Vaccination United Provinces of Agra and Oudh 1902-1913 - 1902-1913
Year: 1902
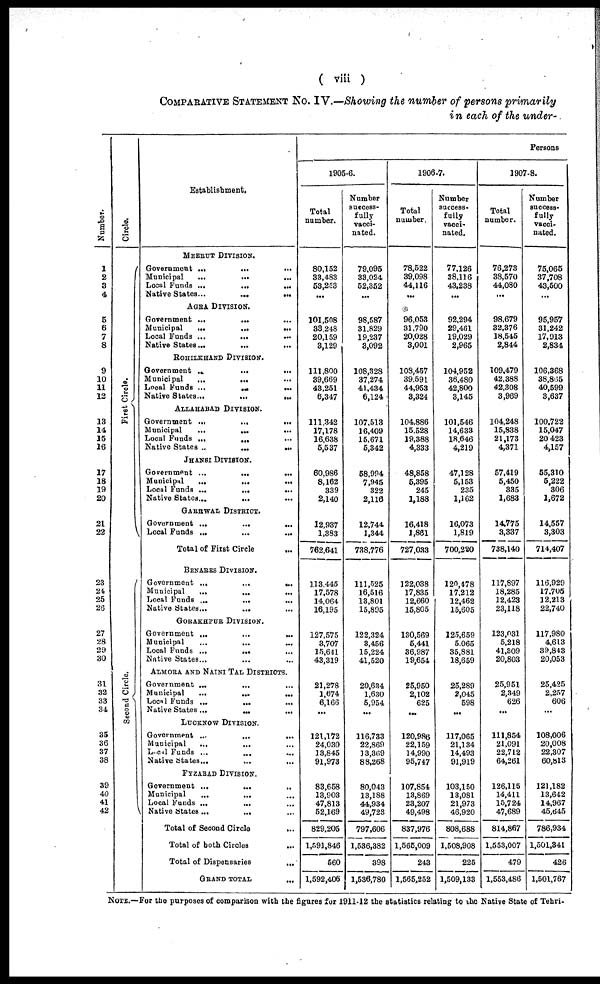
( viii )
COMPARATIVE STATEMENT No. IV.—Showing the number of persons primarily
in each of the under-
Number.
1
2
3
4
5
6
7
8
9
10
11
12
13
14
15
16
17
18
19
20
21
22
23
24
25
26
27
28
29
30
31
32
33
34
35
36
37
38
39
40
41
42
Circle.
First Circle.
Second Circle.
Establishment.
MEERUT DIVISION.
Government ...
...
...
Municipal
...
...
...
Local Funds ...
...
...
Native States ...
...
...
AGRA DIVISION.
Government ...
... ...
Municipal
...
...
...
Local Funds ...
... ...
Native States ...
...
...
ROHILKHAND DIVISION.
Government ...
...
...
Municipal
...
...
...
Local Funds ...
...
...
Native States ...
...
...
ALLAHABAD DIVISION.
Government ...
...
...
Municipal
...
...
...
Local Funds ...
... ...
Native State ... ... ...
JHANSI DIVISION.
Government ...
...
...
Municipal
...
...
...
Local Funds ...
...
...
Native States ...
... ...
GARHWAL DISTRICT.
Government ...
...
...
Local Funds ...
...
...
Total of First Circle ...
BENARES DIVISION.
Government ...
...
...
Municipal
...
...
...
Local Funds ...
...
...
Native States ...
...
GORAKHPUR DIVISION.
Government
...
...
...
Municipal
...
...
...
Local Funds ...
... ...
Native States ... ... ...
ALMORA AND NAINI TAL DISTRICTS.
Government ...
... ...
Municipal
...
...
...
Local Funds ...
...
...
Native States ...
...
...
LUCKNOW DIVISION.
Government ...
...
...
Municipal
...
... ...
Local Funds ... ... ...
Native States... ... ...
FYZABAD DIVISION.
Government ...
...
...
Municipal
...
... ...
Local Funds ... ... ...
Native States ...
... ...
Total of Second Circle ...
Total of both Circles ...
Total of Dispensaries
...
GRAND TOTAL
...
Persons
1905-6.
Total
number.
80,152
33,483
53,253
...
101,508
33,248
20,159
3,129
111,800
39,669
43,251
6,347
111,342
17,178
16,638
5,537
60,986
8,162
339
2,140
12,937
1,383
762,641
113,445
17,578
14,064
16,195
127,575
3,707
15,641
43,319
21,278
1,674
6,166
...
121,172
24,030
13,845
91,973
83,658
13,903
47,813
52,169
829,205
1,591,846
560
1,592,406
Number
success-
fully
vacci-
nated.
79,095
33,024
52,352
...
98,587
31,829
19,237
3,092
108,328
37,274
41,434
6,124
107,513
16,409
15,671
5,342
58,994
7,945
322
2,116
12,744
1,344
738,776
111,525
16,516
13,801
15,895
122,324
3,456
15,224
41,520
20,634
1,630
5,954
...
116,733
22,869
13,369
88,268
80,043
13,188
44,934
49,723
797,606
1,536,382
398
1,536,780
1906-7.
Total
number.
78,522
39,098
44,116
...
96,053
31,790
20,028
3,001
108,457
39,591
44,953
3,324
104,886
15,528
19,388
4,333
48,858
5,395
245
1,188
16,418
1,861
727,033
122,038
17,835
12,660
15,805
130,569
5,441
36,987
19,654
25,950
2,102
625
...
120,986
22,159
14,990
95,747
107,854
13,869
23,207
49,498
837,976
1,565,009
243
1,565,252
Number
success-
fully
vacci-
nated.
77,126
38,116
43,238
...
92,294
29,461
19,029
2,965
104,952
36,480
42,800
3,145
101,546
14,633
18,646
4,219
47,128
5,153
235
1,162
16,073
1,819
700,220
120,478
17,212
12,462
15,605
125,659
5,065
35,881
18,659
25,289
2,045
598
...
117,065
21,134
14,493
91,919
103,150
13,081
21,973
46,920
808,688
1,508,908
225
1,509,133
1907-8.
Total
number.
76,273
38,570
44,080
...
98,679
32,376
18,545
2,844
109,479
42,388
42,308
3,969
104,248
15,838
21,173
4,371
57,419
5,450
335
1,683
14,775
3,337
738,140
117,897
18,285
12,423
23,118
123,031
5,218
41,309
20,803
25,951
2,349
626
...
111,854
21,091
22,712
64,261
126,115
14,411
15,724
47,689
814,867
1,553,007
479
1,553,486
Number
success-
fully
vacci-
nated.
75,065
37,708
43,500
...
95,957
31,242
17,913
2,834
106,368
38,865
40,599
3,637
100,722
15,047
20,423
4,157
55,310
5,222
306
1,672
14,557
3,303
714,407
116,929
17,705
12,213
22,740
117,980
4,613
39,843
20,053
25,425
2,257
606
...
108,006
20,008
22,307
60,813
121,182
13,642
14,967
45,645
786,934
1,501,341
426
1,501,767
NOTE.—For the purposes of comparison with the figures for 1911-12 the statistics relating to the Native State of Tehri.